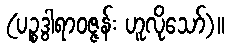
(ပဉ္စဒွါရာဝဇ္ဇန်း ဟူလိုသော်)။